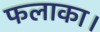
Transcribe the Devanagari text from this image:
फलाका।